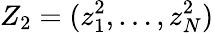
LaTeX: Z_{2}=(z_{1}^{2},\dots,z_{N}^{2})